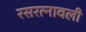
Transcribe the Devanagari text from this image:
रसरत्नावली